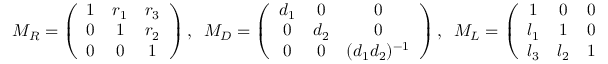
M _ { R } = \left( \begin{array} { c c c } { { 1 } } & { { r _ { 1 } } } & { { r _ { 3 } } } \\ { { 0 } } & { { 1 } } & { { r _ { 2 } } } \\ { { 0 } } & { { 0 } } & { { 1 } } \end{array} \right) , \; \; M _ { D } = \left( \begin{array} { c c c } { { d _ { 1 } } } & { { 0 } } & { { 0 } } \\ { { 0 } } & { { d _ { 2 } } } & { { 0 } } \\ { { 0 } } & { { 0 } } & { { ( d _ { 1 } d _ { 2 } ) ^ { - 1 } } } \end{array} \right) , \; \; M _ { L } = \left( \begin{array} { c c c } { { 1 } } & { { 0 } } & { { 0 } } \\ { { l _ { 1 } } } & { { 1 } } & { { 0 } } \\ { { l _ { 3 } } } & { { l _ { 2 } } } & { { 1 } } \end{array} \right) .